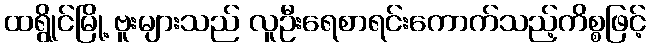
ထရွိုင်မြို့ ဗူးများသည် လူဦးရေစာရင်းကောက်သည့်ကိစ္စဖြင့်